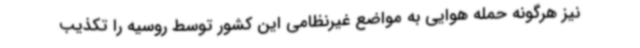
نیز هرگونه حمله هوایی به مواضع غیرنظامی این کشور توسط روسیه را تکذیب